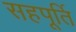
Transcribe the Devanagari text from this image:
सहपूर्ति